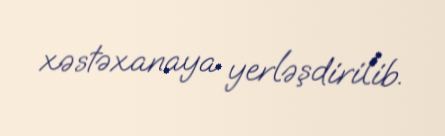
xəstəxanaya yerləşdirilib.